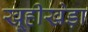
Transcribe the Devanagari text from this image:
खूहीखेड़ा